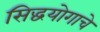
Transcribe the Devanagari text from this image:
सिद्धयोगाचे